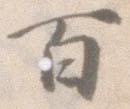
百